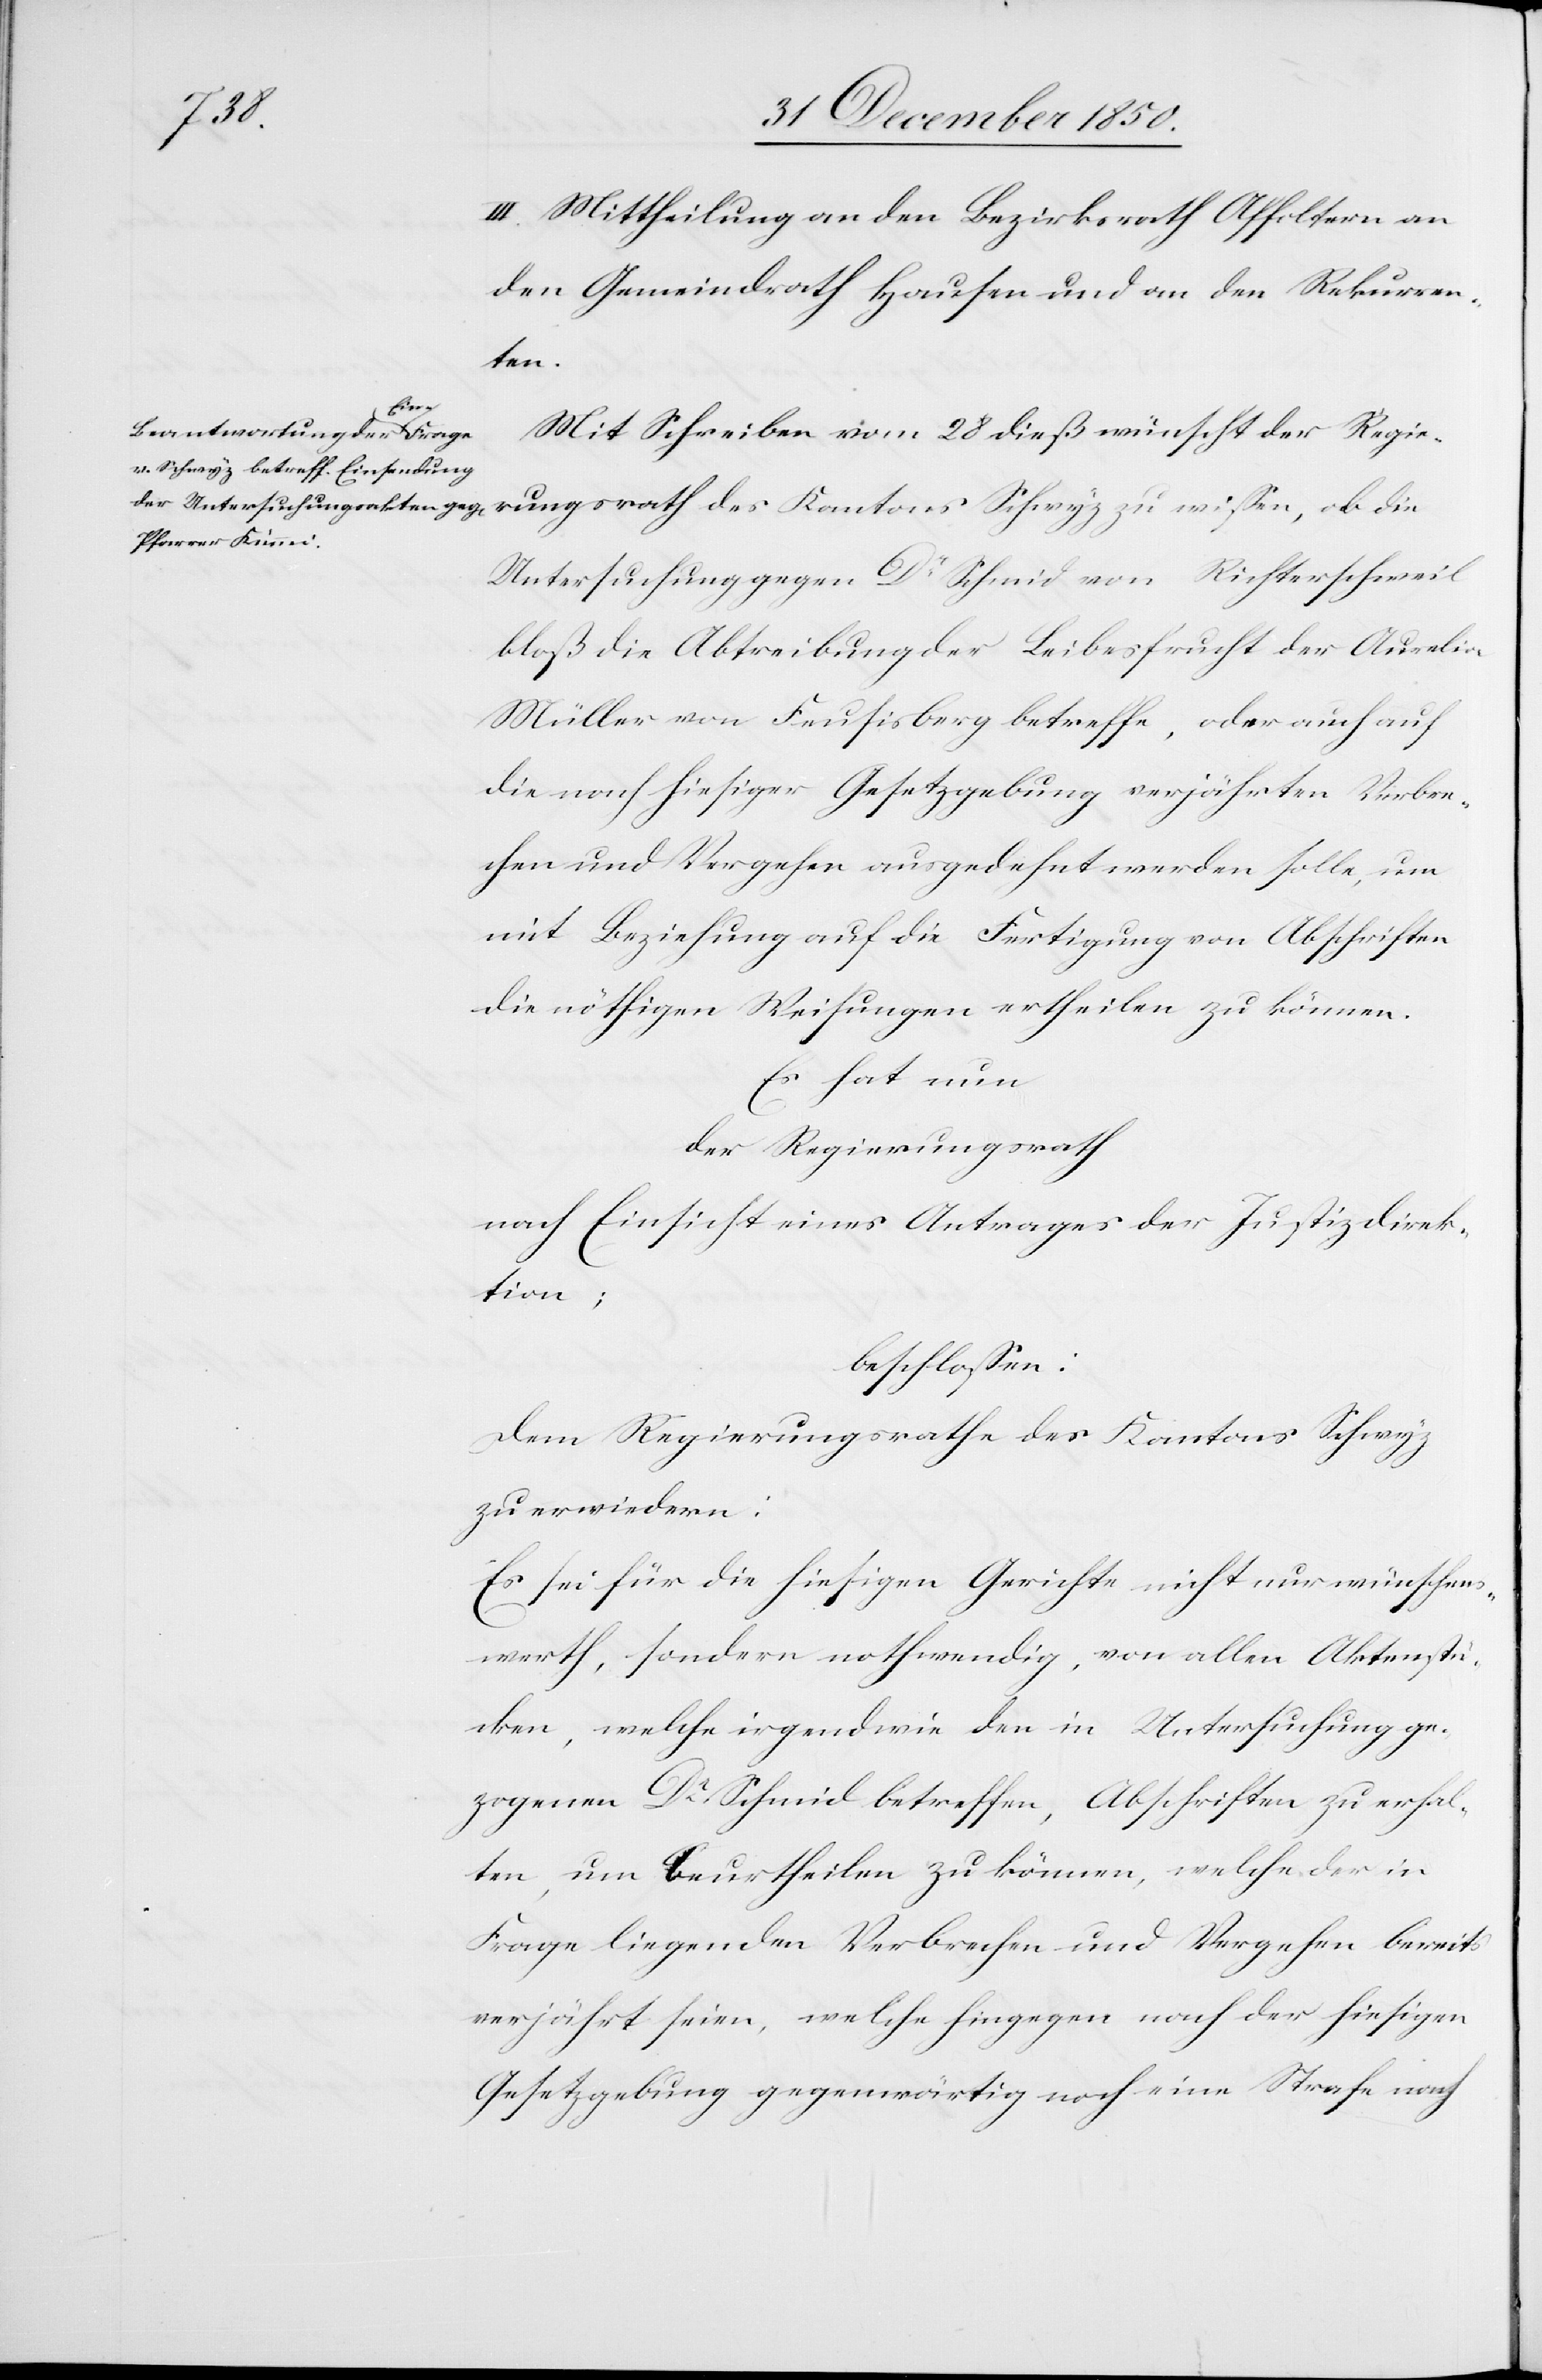
III. Mittheilung an den Bezirksrath Affoltern an
den Gemeindrath Hausen und an den Rekurren¬
ten.
die
Mit Schreiben vom 28 dieß wünscht der Regie¬
Untersuchung gegen Dr Schmid von Richterschweil
bloß die Abtreibung der Leibesfrucht der Aurelia
Müller von Feusisberg betreffe, oder auch auf
die nach hiesiger Gesetzgebung verjährten Verbre¬
chen und Vergehen ausgedehnt werden solle, um
mit Beziehung auf die Fertigung von Abschriften
die nöthigen Weisungen ertheilen zu können.
Es hat nun
der Regierungsrath
nach Einsicht eines Antrages der Justizdirek¬
tion;
beschlossen:
Dem Regierungsrathe des Kantons Schwyz
zu erwiedern:
Es sei für die hiesigen Gerichte nicht nur wünschens¬
werth, sondern nothwendig, von allen Aktenstü¬
cken, welche irgendwie den in Untersuchung ge¬
zogenen Dr Schmid betreffen, Abschriften zu erhal¬
ten, um beurtheilen zu können, welche der in
Frage liegenden Verbrechen und Vergehen bereits
verjährt seien, welche hingegen nach der hiesigen
Gesetzgebung gegenwärtig noch eine Strafe nach